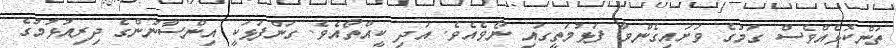
ތަންކޮޅެއްވެސް ގަމުގެ ވަށައިގެންވާ ފަޅުމަތީގައި ނޯވެއެވެ. އަދި ކީއްތޯއެވެ. ގަންފަޅަކީ އިންސާނުންގެ ދިރިއުޅުމުގެ